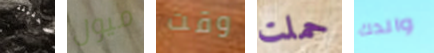
للحقيقة ميول وقت حملت والدك